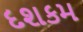
દશકમ